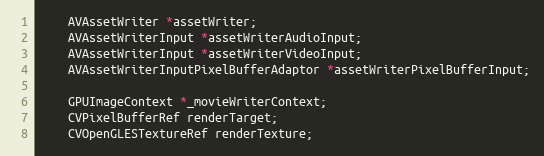
Language: C
	AVAssetWriter *assetWriter;
	AVAssetWriterInput *assetWriterAudioInput;
	AVAssetWriterInput *assetWriterVideoInput;
    AVAssetWriterInputPixelBufferAdaptor *assetWriterPixelBufferInput;

    GPUImageContext *_movieWriterContext;
    CVPixelBufferRef renderTarget;
    CVOpenGLESTextureRef renderTexture;